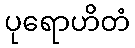
ပုရောဟိတံ